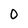
Character: 0